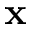
\mathbf { x }